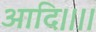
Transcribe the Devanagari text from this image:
आदि।।।।